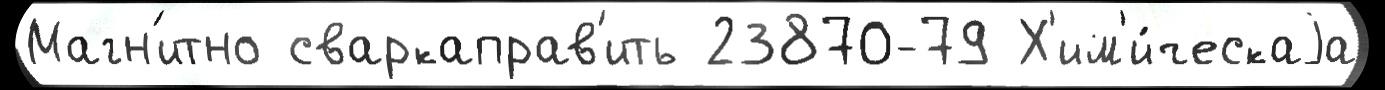
Магн'итно сваркаправ'ить 23870-79 Х'им'и́ческаjа